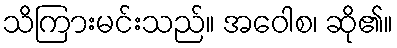
သိကြားမင်းသည်။ အဝေါစ၊ ဆို၏။